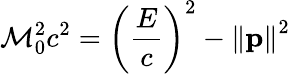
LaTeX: \mathcal{M}_{0}^{2}c^{2}=\left({\frac{{E}}{{c}}}\right)^{2}-\left\| \mathbf{{p}}\right\| ^{2}